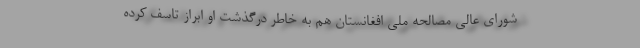
شورای عالی مصالحه ملی افغانستان هم به خاطر درگذشت او ابراز تاسف کرده